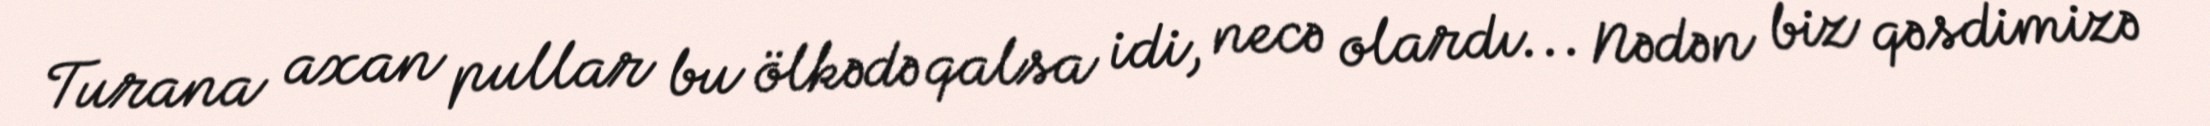
Turana axan pullar bu ölkədə qalsa idi, necə olardı... Nədən biz qəsdimizə